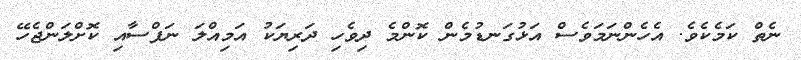
ނެތް ކަމެކެވެ. އެހެންނަމަވެސް އަޅުގަނޑުމެން ކޮންމެ ދިވެހި ދަރިޔަކު އަމިއްލަ ނަފްސާއި ކޮށްލަންޖެހޭ